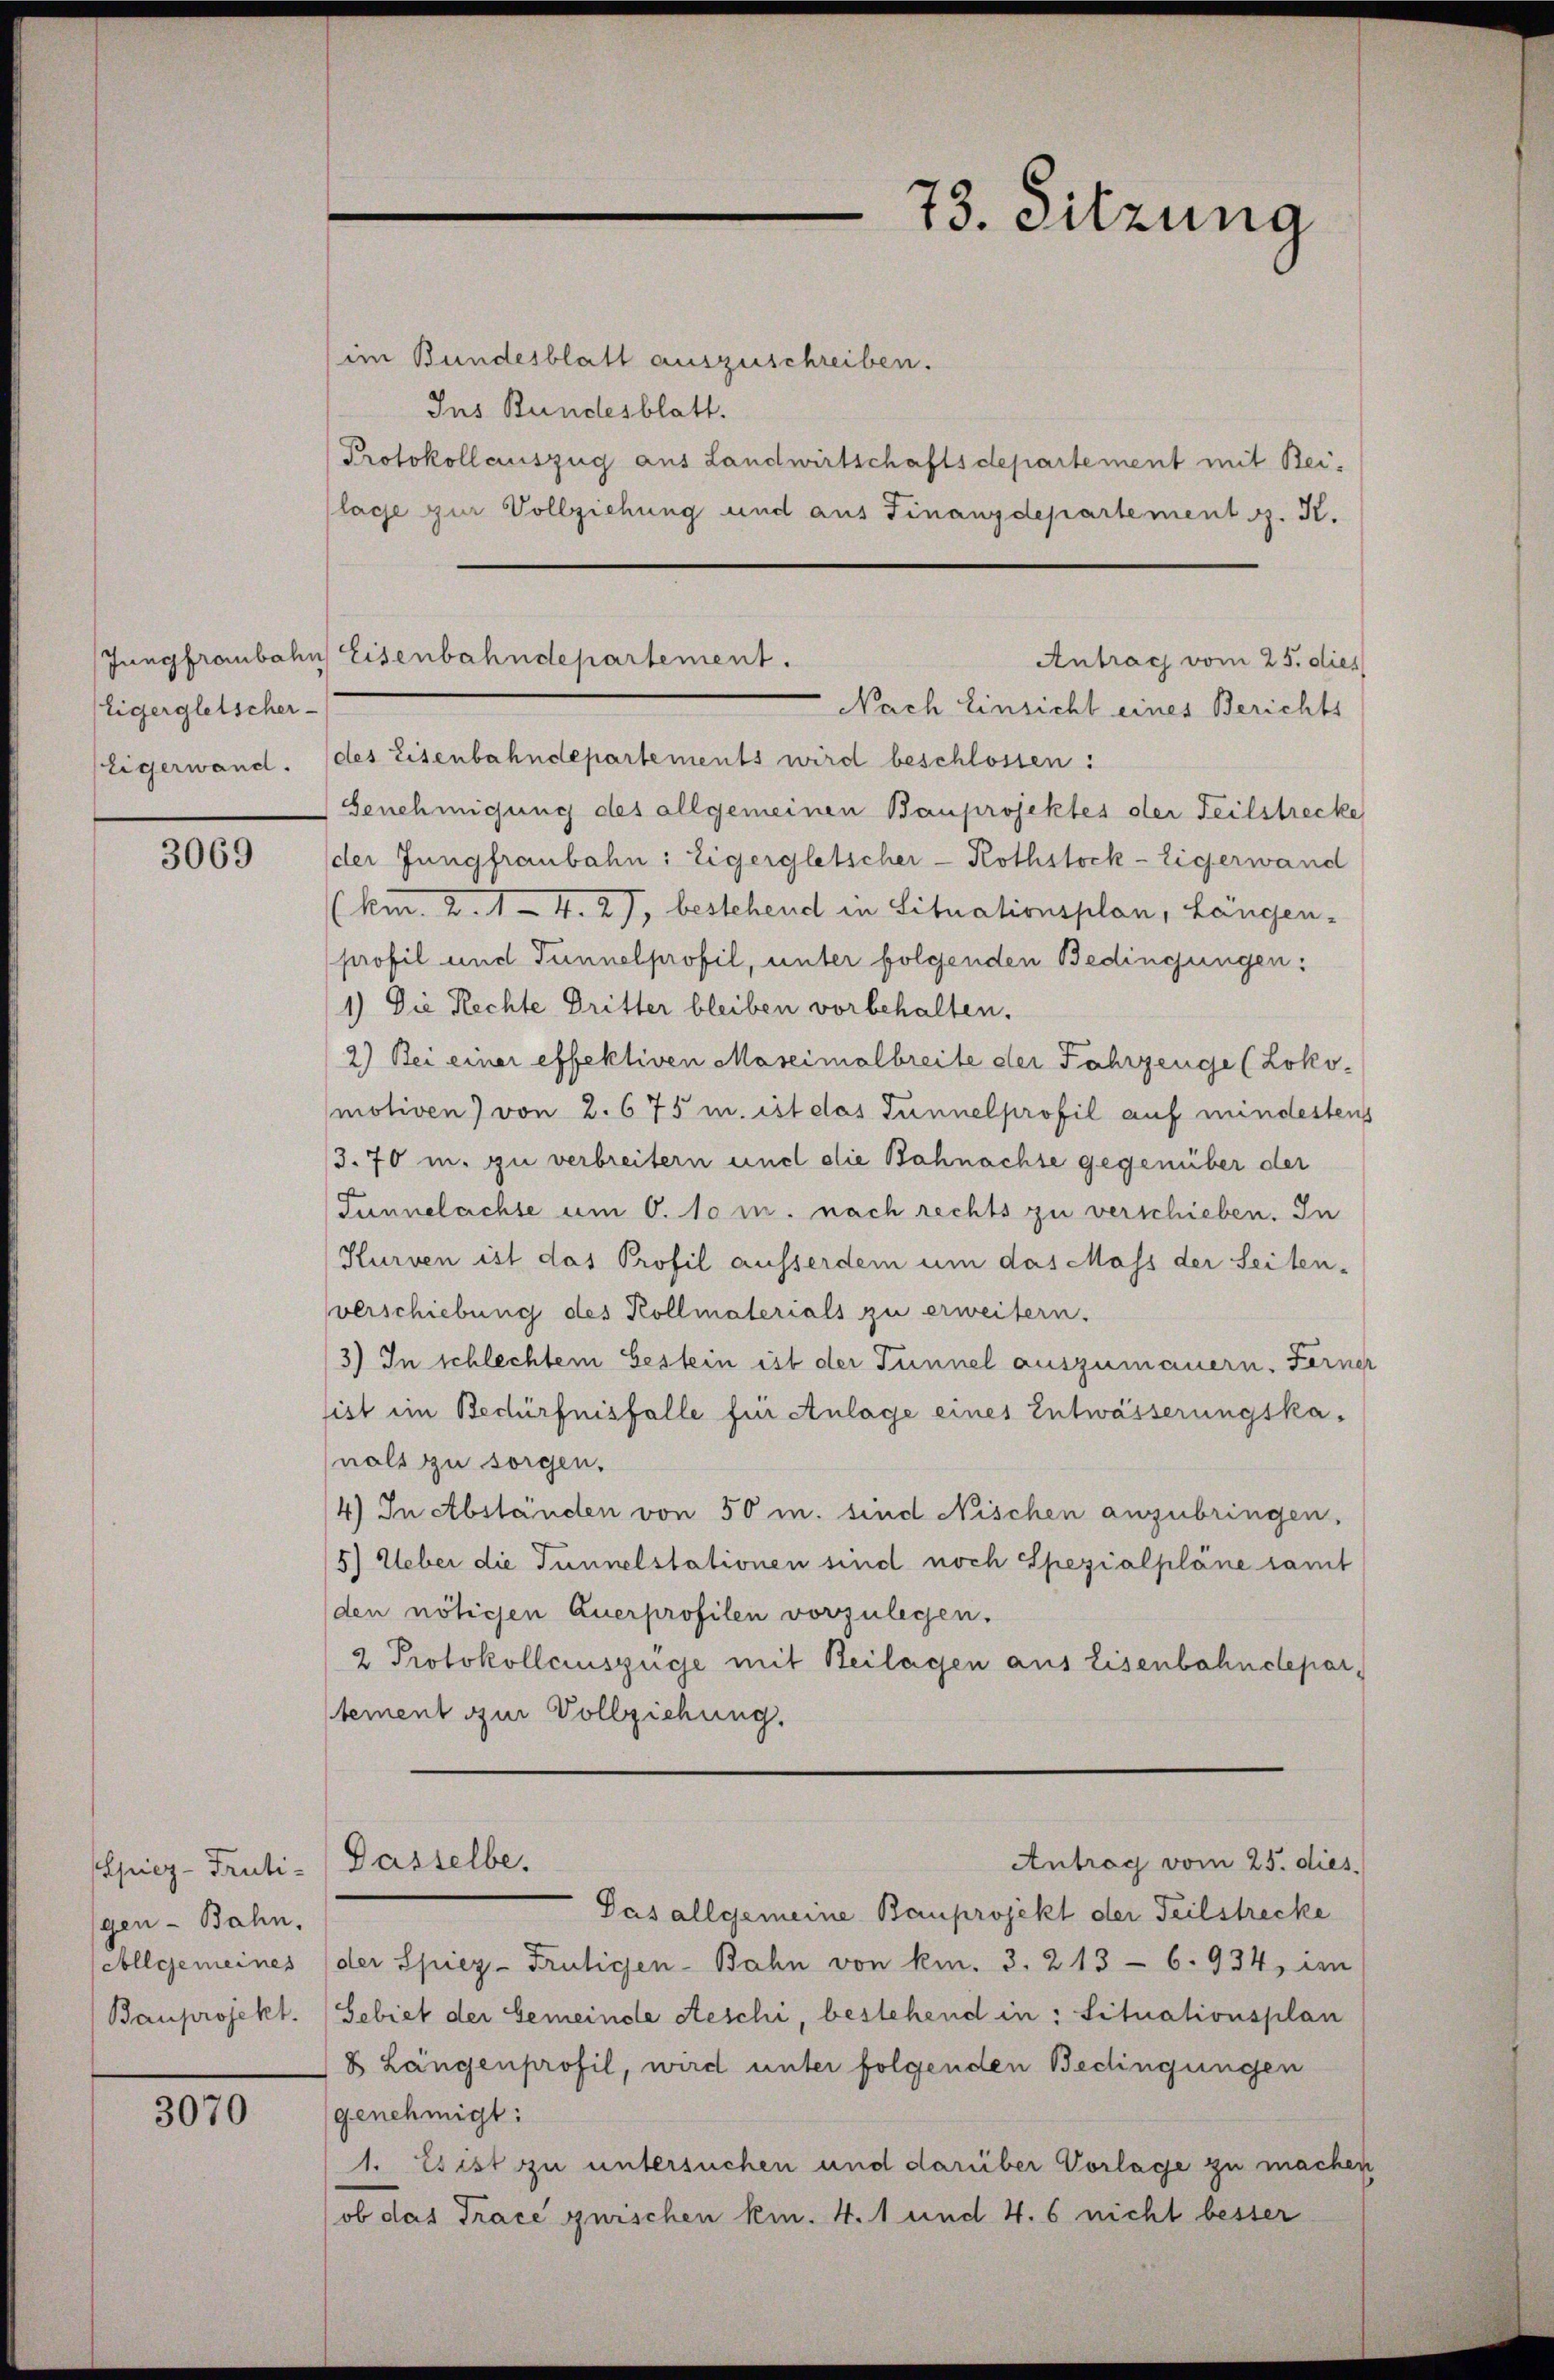
Jungframbahn
Eigergletscher

3069

Spiez-Fruti-
gen - Bahn.
Aollgemeines
Bauprojekt.

3070

im Bundesblatt auszuschreiben.
Ins Bundesblatt.
Protokollauszug aus Landwirtschaftsdepartement mit Beilage zur Vollziehung und aus Finanzdepartement z. K.
Nach Einsicht eines Berichts
tigerwand. (des Eisenbahndepartements wird beschlossen:
Genehmigung des allgemeinen Bauprojektes der Teilstrecke
der Jungfraubahn: Eigergletscher - Rothstock-Eigerwand
(Am. 2. 14. 27, bestehend in Situationsplan, Längen-
profil und Tunnelprofil, unter folgenden Bedingungen:
1.) Die Rechte Dritter bleiben vorbehalten.
2) Bei einer effektiven Maseimalbreite der Fahrzeuge (Loko
motiven) von 2. 675 m. ist das Tunnelprofil auf mindestens
3.70 u. zu verbreitern und die Bahnachse gegenüber der
Tunnelachse um 6. 10 m. nach rechts zu verschieben. In
Kurven ist das Profil ausserdem um das Mass der Seiten-
verschiebung des Kollmaterials zu erweitern.
3) In schlechtem bestein ist der Tunnel auszumauern. Ferner
ist im Bedürfnisfalle für Anlage eines Entwässerungskanals zu sorgen.
4) In Abständen von 50 m. sind Nischen anzubringen,
5) Ueber die Tunnelstationen sind noch Spezialpläne samt
den nötigen Querprofilen vorzulegen.
2 Protokollciuszüge mit Beilagen aus Eisenbahndepartement zur Vollziehung.
Antrag vom 25. dies
Dasselbe.
Das allgemeine Bauprojekt der Teilstrecke
der Spiez-Frutigen-Bahn von km. 3. 213 - 6. 934, im
Sebiet der Gemeinde Aeschi, bestehend in: Situationsplan
& Längenprofil, wird unter folgenden Bedingungen
genehmigt:
1. Es ist zu untersuchen und darüber Vorlage zu machen
ob das Trace suischen km. 4. 1 und 4. 6 nicht bester

7
3. Sitzung

Eisenbahndepartement.
Antrag vom 25. dies